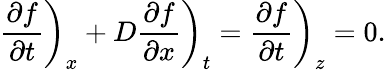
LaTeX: \left.\frac{\partial f}{\partial t}\right)_{x}+D\left.\frac{\partial f}{\partial x}\right)_{t}=\left.\frac{\partial f}{\partial t}\right)_{z}=0.